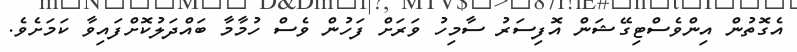
އެގޮތުން އިންވެސްޓިގޭޝަން އޮފިސަރު ސާމިހު ވަރަށް ފަހުން ވެސް ހުމާމާ ބައްދަލުކޮށްފައިވާ ކަމަށެވެ.